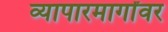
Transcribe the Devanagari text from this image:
व्यापारमार्गांवर